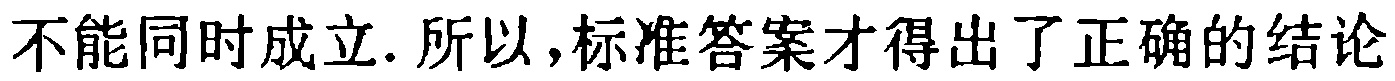
不能同时成立. 所以,标准答案才得出了正确的结论